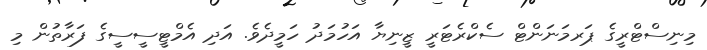
މިނިސްޓްރީގެ ޕަރމަނަންޓް ސެކްރެޓަރީ ޒީނިޔާ އަހުމަދު ހަމީދެވެ. އަދި އެމްޓީސީސީގެ ފަރާތުން މި